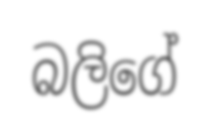
බලිගේ